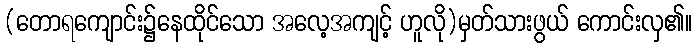
(တောရကျောင်း၌နေထိုင်သော အလေ့အကျင့် ဟူလို)မှတ်သားဖွယ် ကောင်းလှ၏။